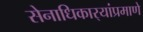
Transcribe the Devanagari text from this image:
सेनाधिकार्‍यांप्रमाणे